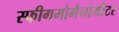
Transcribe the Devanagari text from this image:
स्फीगमोमैनोमीटर